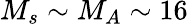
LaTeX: M_{s}\sim M_{A}\sim 16